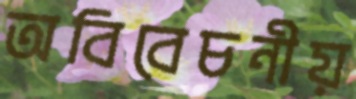
অবিবেচনীয়